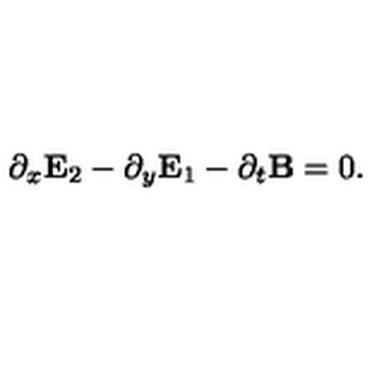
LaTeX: \partial _ { x } { \bf E } _ { 2 } - \partial _ { y } { \bf E } _ { 1 } - \partial _ { t } { \bf B } = 0 .